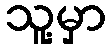
သူ့မှာ